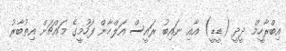
އިބްރާހީމް ދީދީ (ޑީޑީ) އާއި ނައިބު ރައީސް އަލްހާން ފަހުމީގެ މައްޗަށް އިތުބާރު